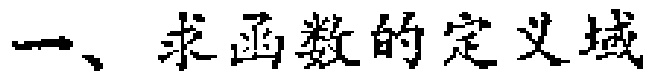
一、求函数的定义域